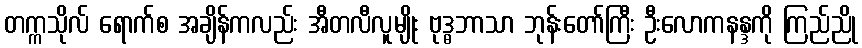
တက္ကသိုလ် ရောက်စ အချိန်ကလည်း အီတလီလူမျိုး ဗုဒ္ဓဘာသာ ဘုန်းတော်ကြီး ဦးလောကနန္ဒကို ကြည်ညို